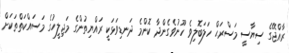
ރާއްޖޭގެ ސިޔާސީ މަސްރަޙް ހަލަބޮލިވެ ހޫނުވެގެންދާ ކޮންމެ ދަނޑިވަޅަކީ ރައްޔިތުންގެ މަޖިލީހުގެ މަސައްކަތްތަކަށް